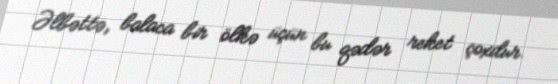
Əlbəttə, balaca bir ölkə üçün bu qədər reket çoxdur.